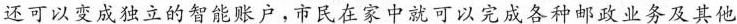
还可以变成独立的智能账户，市民在家中就可以完成各种邮政业务及其他